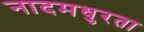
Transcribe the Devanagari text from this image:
नादमधुरता